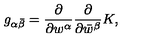
g _ { \alpha \bar { \beta } } = { \frac { \partial } { \partial w ^ { \alpha } } } { \frac { \partial } { \partial \bar { w } ^ { \beta } } } K ,